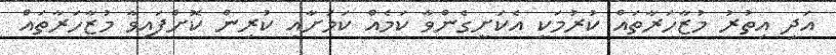
އަދި އިތުރު މުޒާހަރާތައް ކުރުމަކީ އެކަށީގެންވާ ކަމެއް ކަމަށާއި ކުރިން ކޮށްފައިވާ މުޒާހަރާތައް